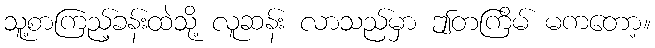
သူ့စာကြည့်ခန်းထဲသို့ လူဆန်း လာသည်မှာ ဤတကြိမ် မကတော့။